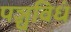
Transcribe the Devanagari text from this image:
पञ्चविधं